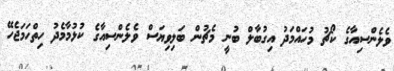
ވެެލެންސިއާގެ ކޯޗު މުހައްމަދު އިގުބާލް ބުނީ މެޗުން ބަލިވިޔަސް ވެލެންސިއާގެ ކުޅުމާމެދު ހިތްހަމަޖެހޭ